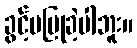
ခွင့်မပြုခဲ့ပါဘူး။